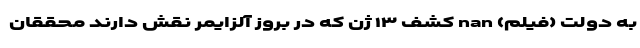
به دولت (فیلم) nan کشف ۱۳ ژن که در بروز آلزایمر نقش دارند محققان